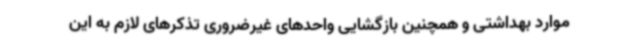
موارد بهداشتی و همچنین بازگشایی واحدهای غیرضروری تذکرهای لازم به این